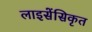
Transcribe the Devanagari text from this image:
लाइसेंसिकृत